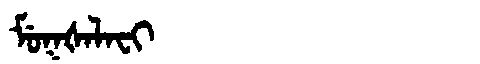
Manchu: ᠮᡠᡴᡧᠠᠯᠠᠸᡳ
Romanization: MUKŠALAFI